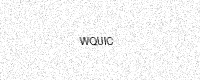
Text: WQUIC